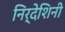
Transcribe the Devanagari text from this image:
निर्देशिनी